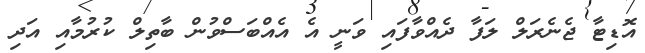
އޮޑިޓާ ޖެނެރަލް ލަފާ ދެއްވާފައި ވަނީ އެ އެއްބަސްވުން ބާތިލް ކުރުމާއި އަދި